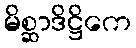
မိစ္ဆာဒိဋ္ဌိကေ